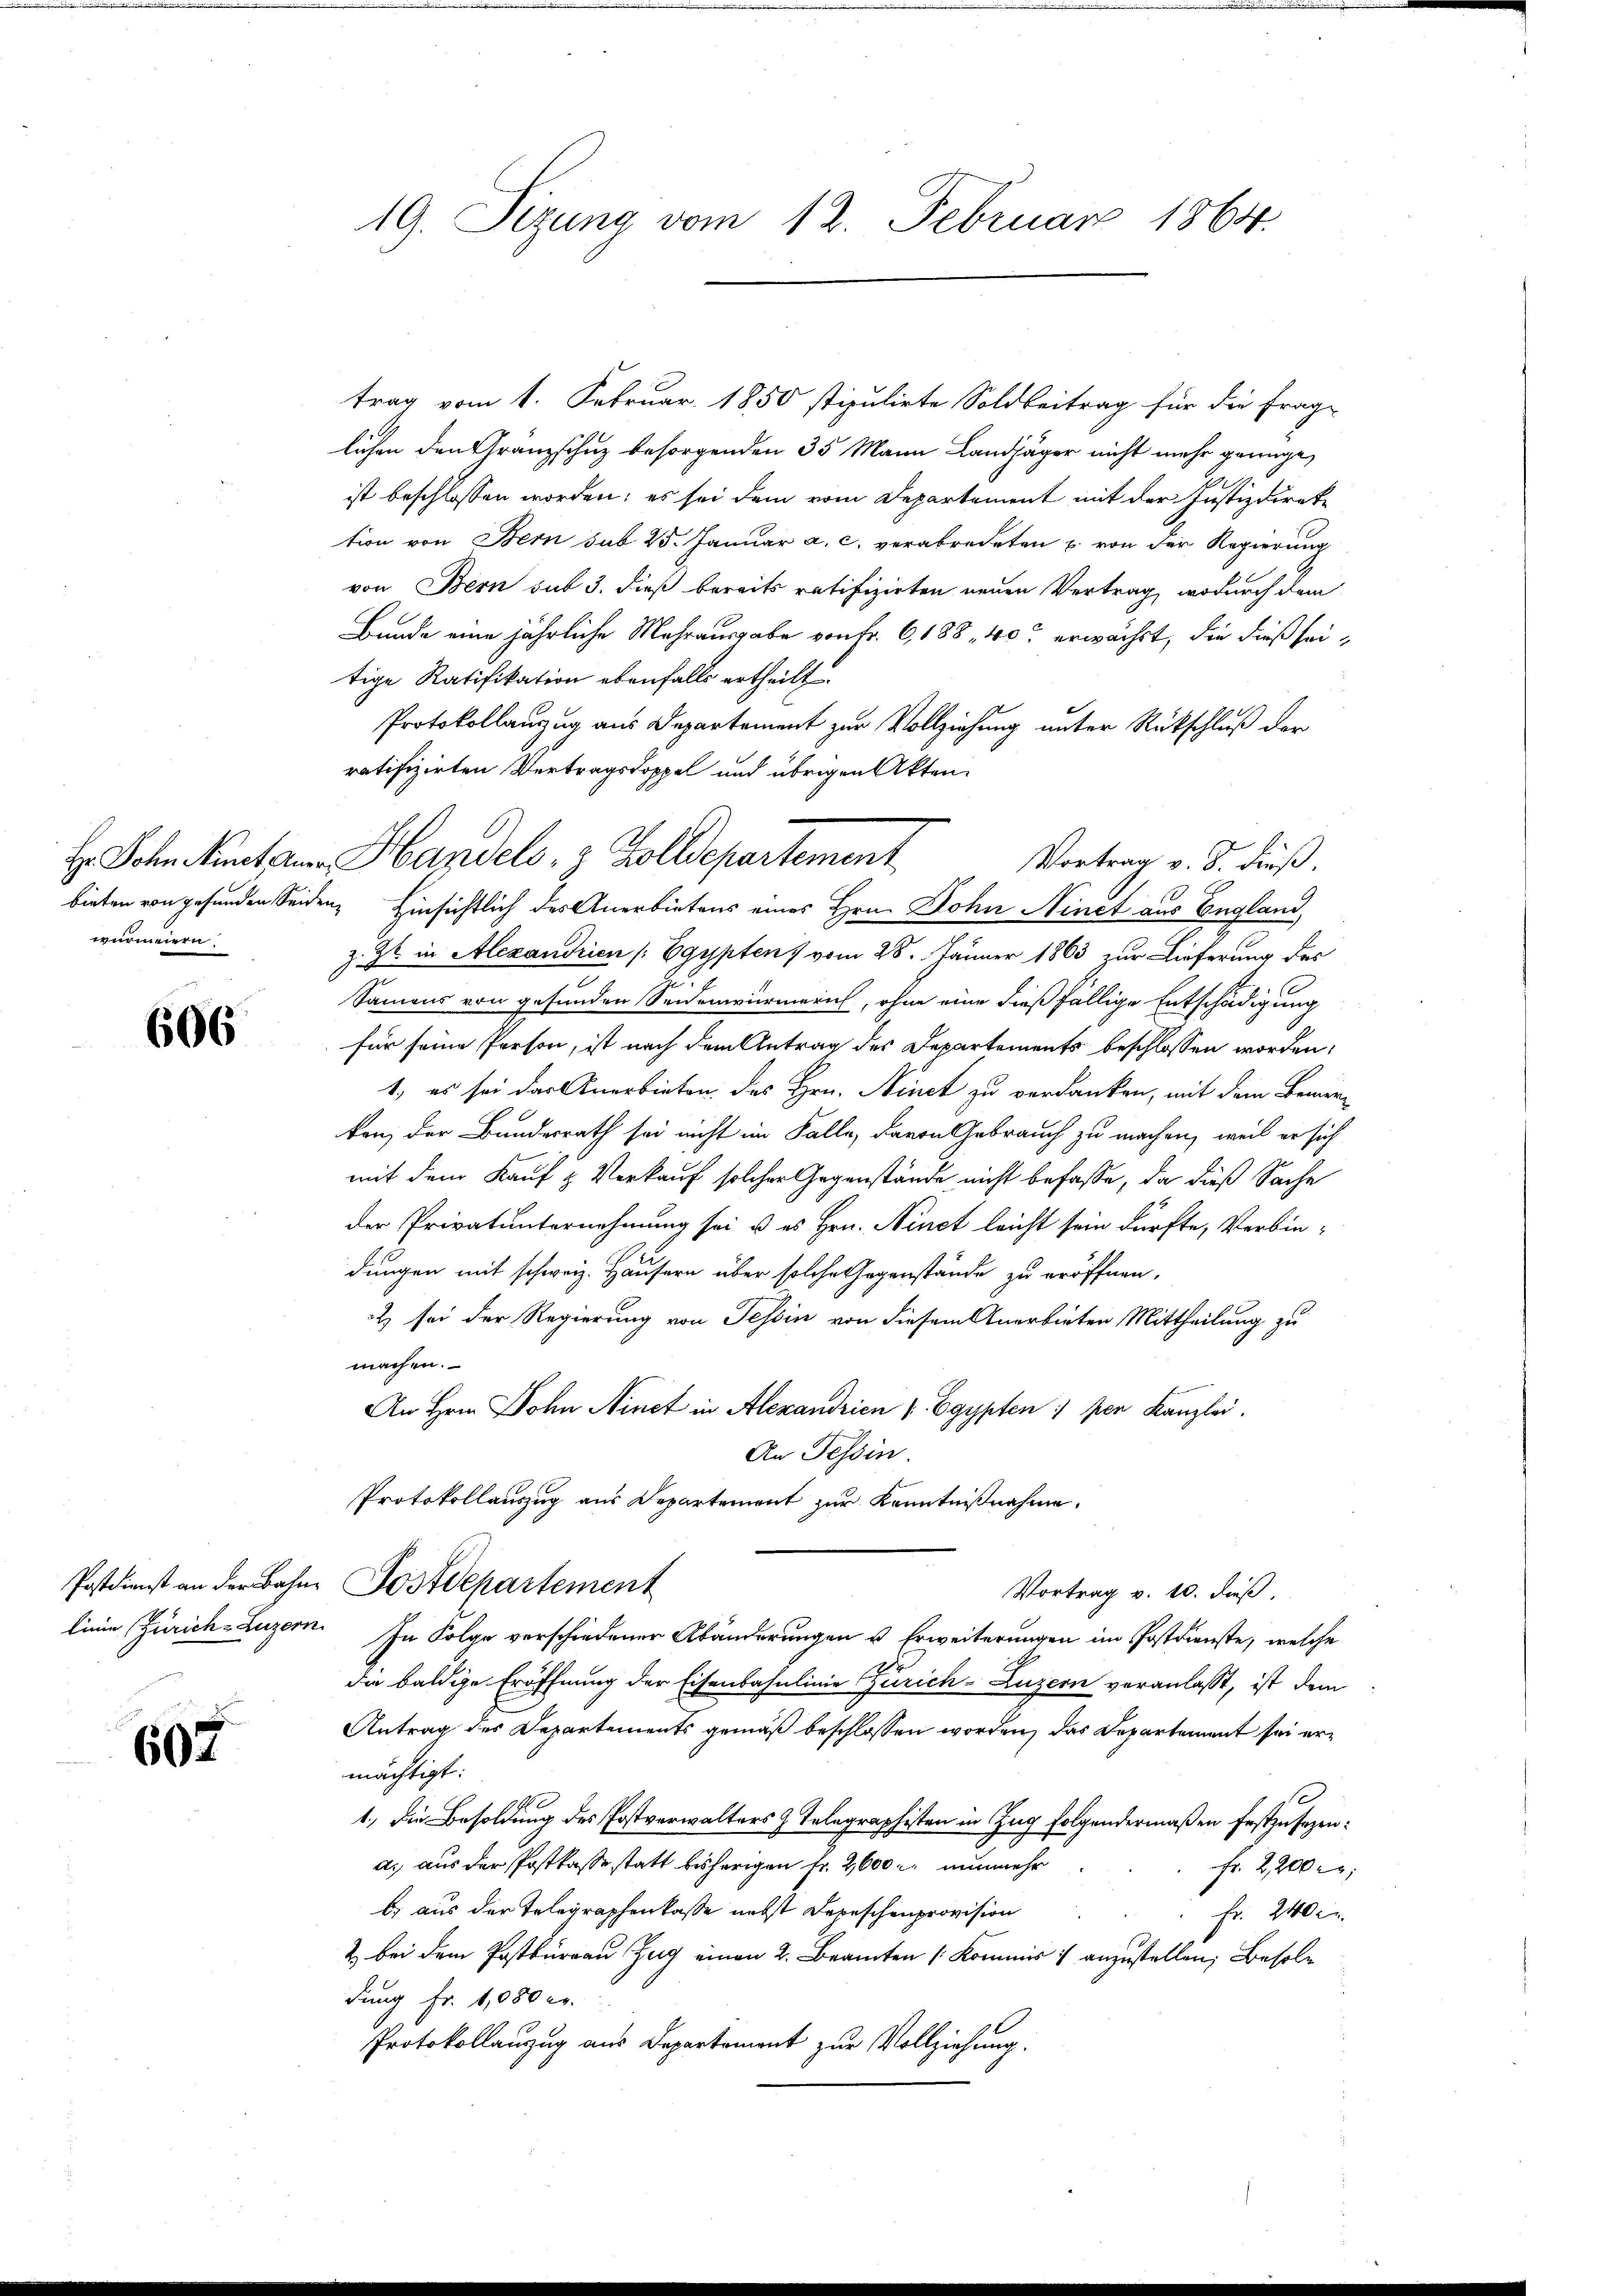
wurmeiern

606

602

19. Sizung vom 12. Februar 1864.

trag vom 1. Februar 1850 stipulirte Soldbeitrag für die Frage
lichen den Gränzschuz besorgenden 35 Mann Landjäger nicht mehr genüge,
ist beschlossen worden; es sei dem vom Departement mit der Justizdirektion von Bern sub 25. Januar a. c. verabredeten u. von der Regierung
von Bern sub 3. dieß bereits ratifizirten neuen Vertrag, wodurch dem
Bunde eine jährliche Mehrausgabe von Fr. 6, 188, 40 erwächst, die dieß seitige Ratifikation ebenfalls ertheilt.
Protokollanzug aus Departement zur Vollziehung unter Rückschluß der
ratifizirten Vertragstoppel und übrigen Akten.
H. John untern Handels, 3 Zolldepartement
Vortrag v. 8. dieß.
bieten von gefunden Seiden, Hinsichtlich des Anerbietens eines Hrn. Dohn Ninet aus England,
z. Zt. in Alexandrien [Egypten, vom 28. Jänner 1863 zur Lieferung des
Samens von gefunden Seidenwürmern, ohne eine dießfällige Entschädigung
für seine Person, ist nach dem Antrag des Departements beschlossen worden,
1, es sei der Anerbieten des Hrn. Ninct zu verdanken, mit dem Bemerkon, der Bundesrath sei nicht im Falle, davon Gebrauch zu machen, weil er sich
mit dem Kauf & Verkauf solcher Gegenstände nicht befasse, da dieß Sache
der Privatunternehmung sei u es Hrn. Ninct leicht sein dürfte, Verbin-
dungen mit schweiz. Häusern über solche Gegenstände zu eröffnen,
2 sei der Regierung von Tessin von diesem Anerbieten Mittheilung zu
machen.
An Hrn. Dohn Ninet in Alexandrien & Egypten per Kanzlei.
An Tessin.
Protokollauszug aus Departement zur Kenntnißnahme.
Postdienst an der Bahn. Postdepartement
Vortrag v. 10. Fuß.
linie Zürich, Luzern. In Folge verschiedener Abänderungen u. Erweiterungen im Postdienste, welche
da baldige Eröffnung der Eisenbahnlinie Zürich-Luzern veranlasst, ist dem
Antrag des Departements gemäß beschlossen worden, das Departement sei ermächtigt:
1.) Die Besoldung des Postverwalters z. Telegraphisten in Zug folgendermaßen festzusezena.) aus der Postkasse statt bisherigen Fr. 2600 r. nunmehr
fr. 2,200,
b) aus der Telegraphenkasse nebst Depeschenprovision
Fr. 240
2 bei dem Postkurrau Zug einen 2. Beamten /: Kommis anzustellen, Besoldung Fr. 1,080 er
Protokollanzug aus Departement zur Vollziehung.